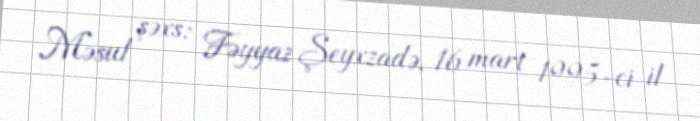
Məsul şəxs: Fəyyaz Şeyxzadə, 16 mart 1995-ci il